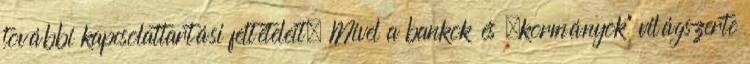
további kapcsolattartási feltételeit. Mivel a bankok és „kormányok” világszerte